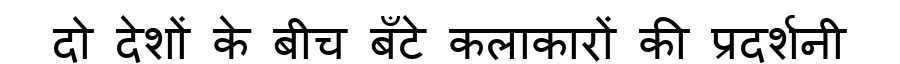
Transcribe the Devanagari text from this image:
दो देशों के बीच बँटे कलाकारों की प्रदर्शनी